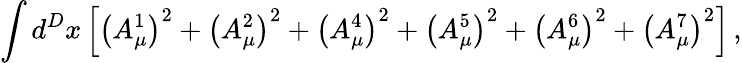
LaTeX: \int d^{D}x\left[\left(A_{\mu}^{1}\right)^{2}+\left(A_{\mu}^{2}\right)^{2}+\left(A_{\mu}^{4}\right)^{2}+\left(A_{\mu}^{5}\right)^{2}+\left(A_{\mu}^{6}\right)^{2}+\left(A_{\mu}^{7}\right)^{2}\right]\, ,